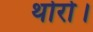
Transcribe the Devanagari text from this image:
थोरो।